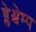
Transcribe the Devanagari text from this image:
ब्लेश्चेम्प